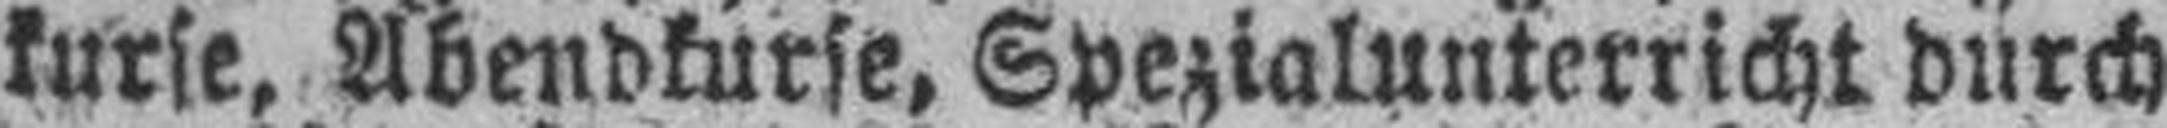
kurse, Abendkurse, Spezialunterricht durch